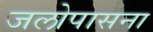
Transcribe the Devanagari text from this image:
जलोपासना